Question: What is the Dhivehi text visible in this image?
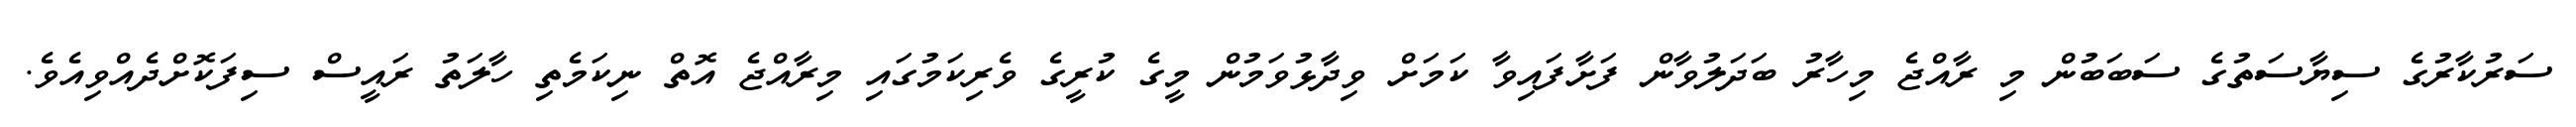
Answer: ސަރުކާރުގެ ސިޔާސަތުގެ ސަބަބުން މި ރާއްޖެ މިހާރު ބަދަލުވާން ފަށާފައިވާ ކަމަށް ވިދާޅުވަމުން މީގެ ކުރީގެ ވެރިކަމުގައި މިރާއްޖެ އޮތް ނިކަމެތި ހާލަތު ރައީސް ސިފަކޮށްދެއްވިއެވެ.